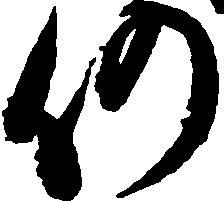
仍